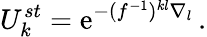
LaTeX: U_{k}^{st}=\mathrm{e}^{-(f^{-1})^{kl}\nabla_{l}}\, .